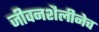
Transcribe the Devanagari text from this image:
जीवनशैलीनेच